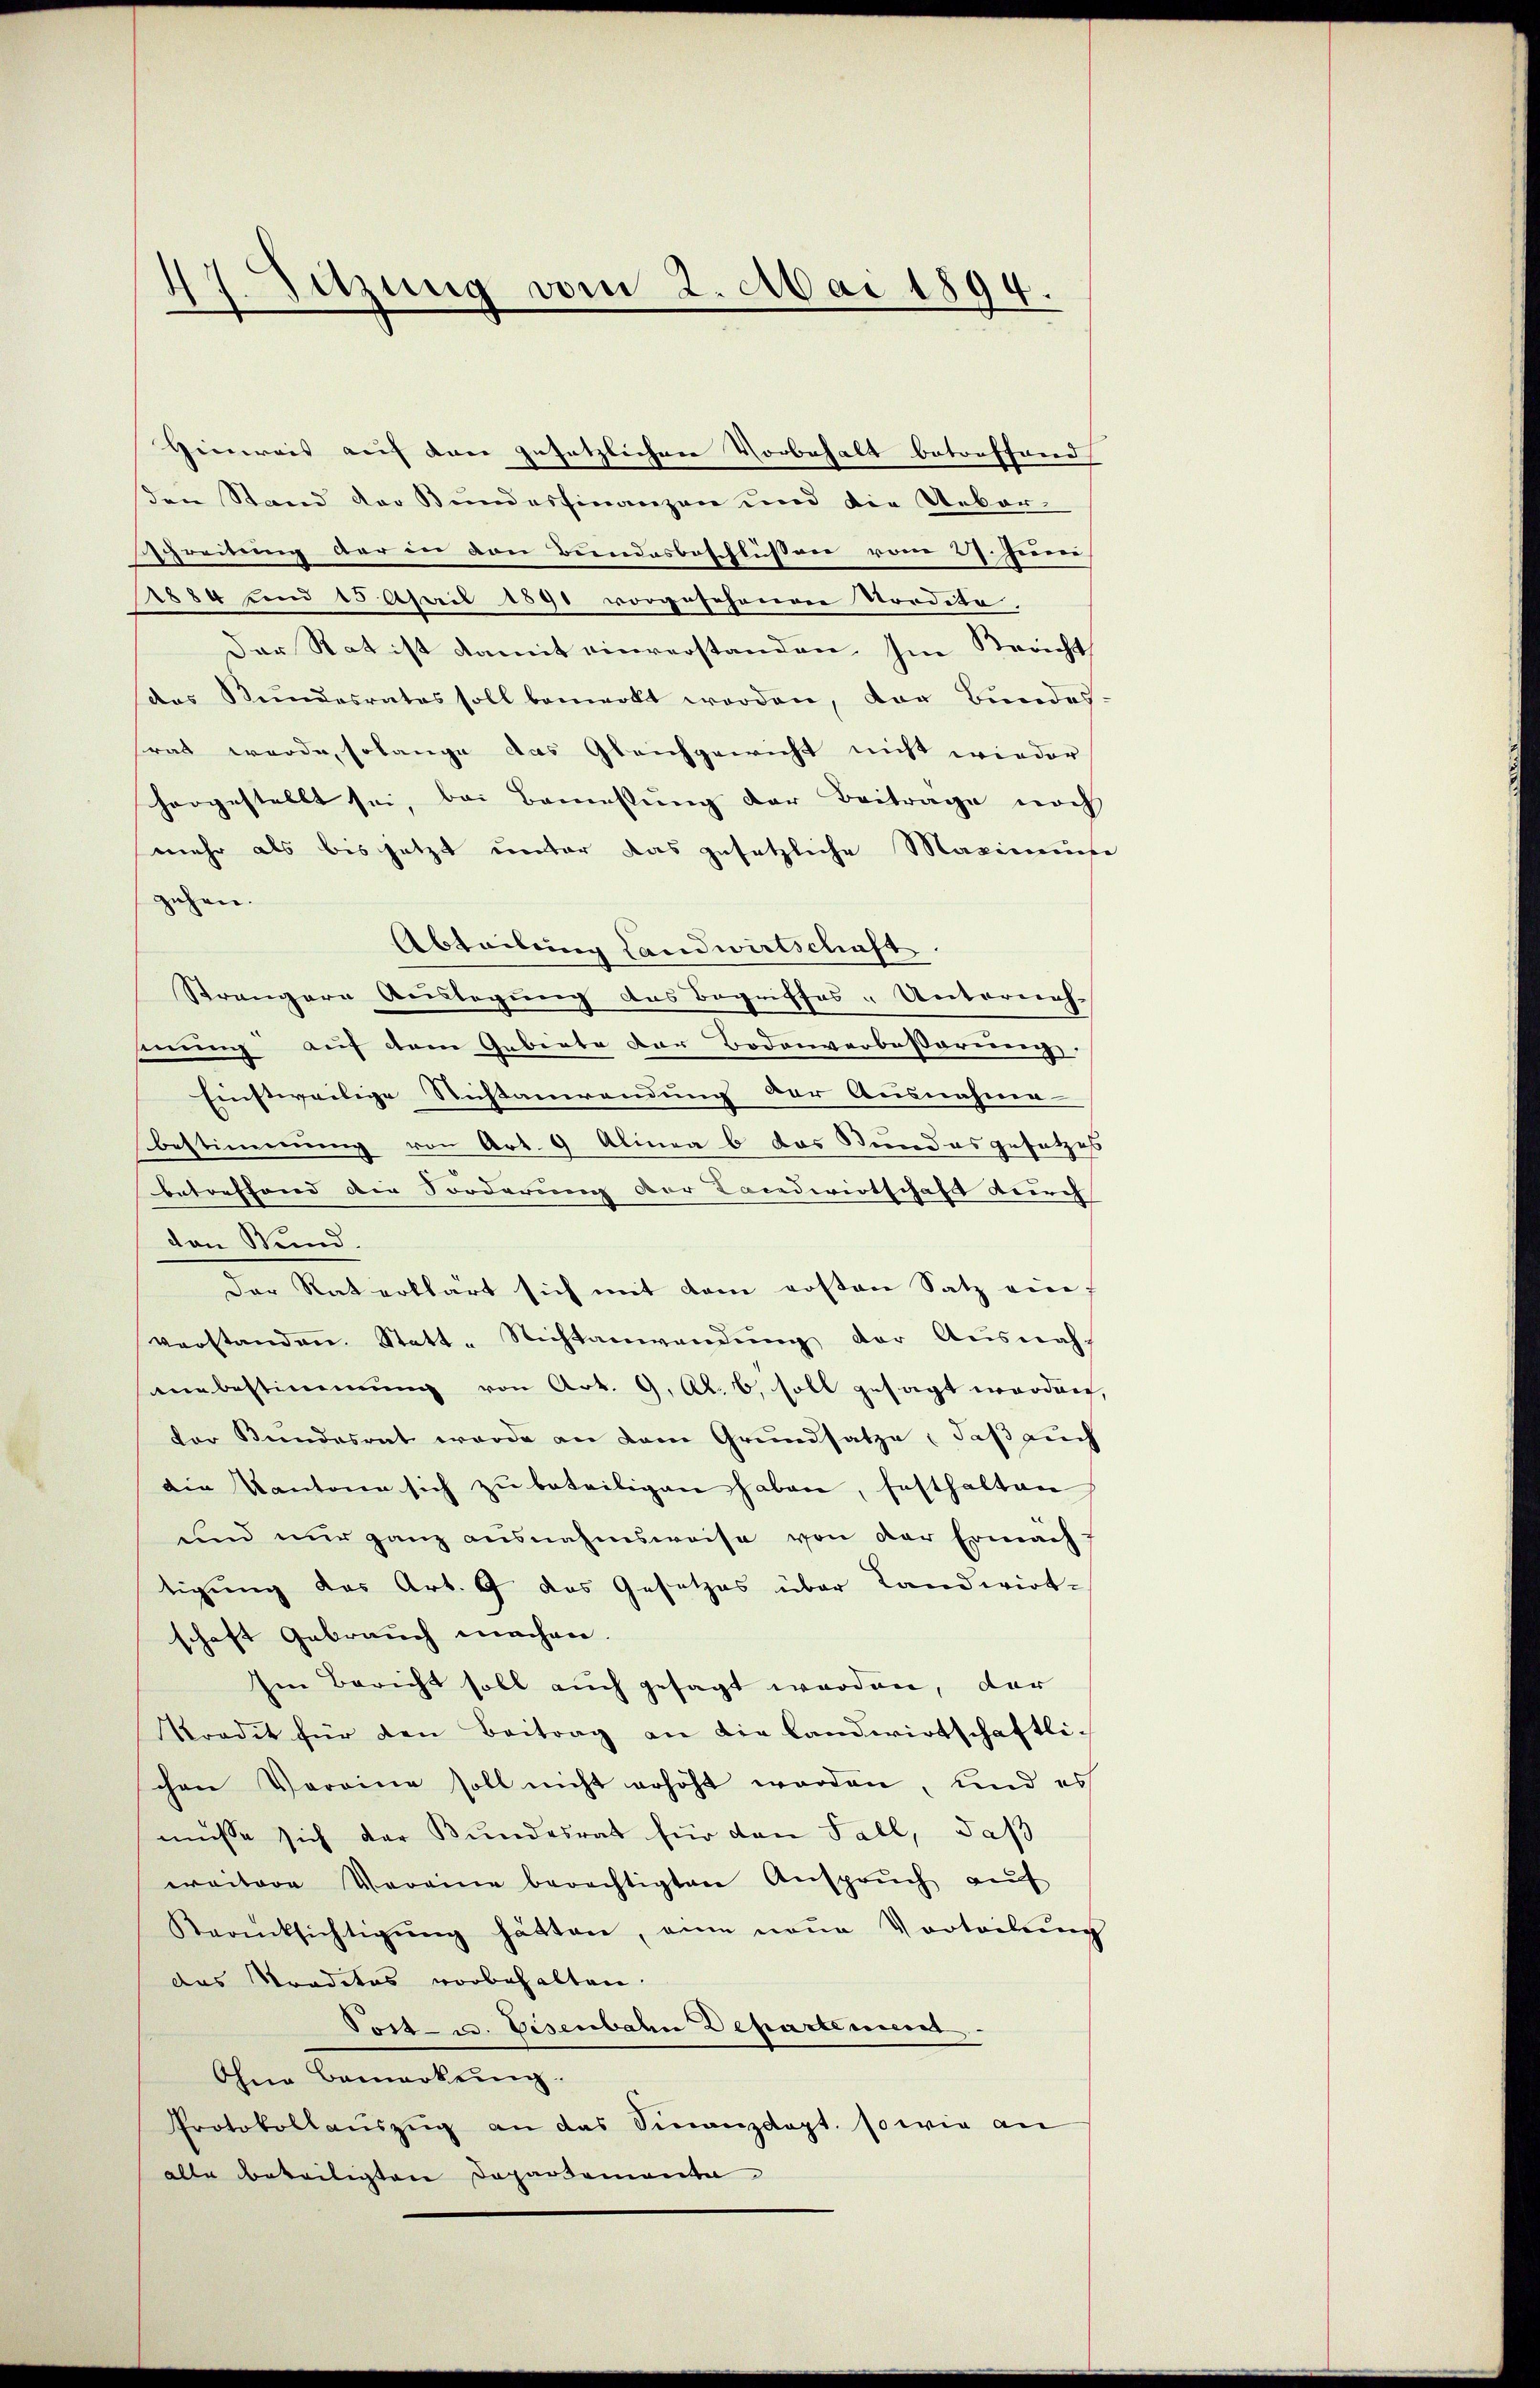
Sitzung vom 2. Mai 1894.

Hinweis auf den gesetzlichen Vorbehalt betreffend
den Stand der Bundesfinanzen und die Ueber-
schreitung der in den Bundesbeschlüssen vom 27. Juni
1884 und 15 April 1891 vorgeschenen Nordite,
Der Rat ist damit einverstanden. Im Bericht
des Stundesrates soll bemerkt worden, der Bundes.
srat werde, solange das Gleichgewicht nicht wieder
horgestellt sei, bei Bemessung der Beitrage noch
mehr als bis jetzt unter das gesetzliche Maximum
zehen.
Abteilung Landwirtschaft.
Strengere Auslegung des Begriffes - Unterneh-
mmung auf dem Gebiete der Bodenverbesserung
Einstweilige Nichtanwendung der Ausnahme-
bestimmung von Art. 9 Alinea b das Standesgesetzes
betreffend die Forderung der Landwirtschaft durch |
den Bund.
Der Rat erklärt sich mit dem ersten Satz eine
Verstanden. Statt-Nichtanwendung der Ausnah
enbestimmung von Art. 9. Al. 6, soll gesagt worden,
der Bundesrat werde an dem Grundsatze, daß auch
die Kantone sich zu beteiligen haben, festhalten
und nur ganz ausnahmsweise von der Ermäch
tigung das Art. 9 das Gesetzes über Landwirt-
schaft Gebrauch machen.
Im Bericht soll auch gesagt werden, der
Kredit für den Beitrag an die Landwirtschaftlichen Vereine soll nicht erhöht worden, und es
müsse sich der Bundesrat für den Fall, daß
weitere Vereine berechtigten Ansprŭch aŭf
Beaksichtigŭng hätten, eine neŭe Vorteilŭng
das Traditas vorbehalten.
Tost- u. Eisenbahn Departement
Ohne Bemerkŭng.
Protokollaŭszŭg an das Sinanzdapt. so wie an
alle beteiligten Departemonta